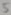
Text: 5